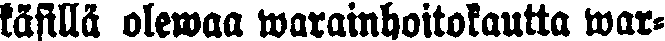
käsillä olewaa warainhoitokautta war-